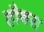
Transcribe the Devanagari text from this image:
हौबरा